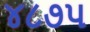
૪૮૭૫